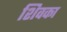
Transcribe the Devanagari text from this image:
शिवका